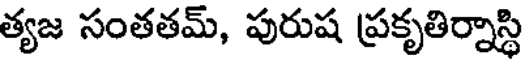
త్యజ సంతతమ్, పురుష ప్రకృతిర్నాస్థి